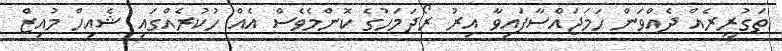
ތަގުރީރެއް ދެއްވަން ހަމަޖައްސާފައިވާ އިރު ރޯދަމަހުގެ ކޮންމެވެސް އެއް ހުކުރެއްގައި ޝެއިހް މުއިޒް